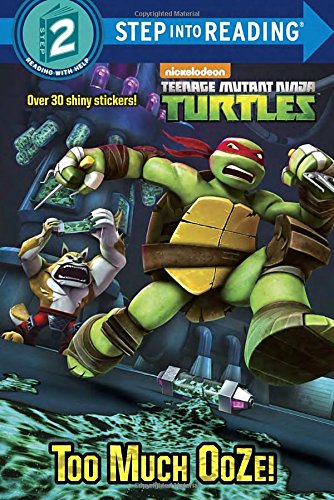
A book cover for Too Much Ooze! (Teenage Mutant Ninja Turtles) (Step into Reading); Random House; Children's Books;